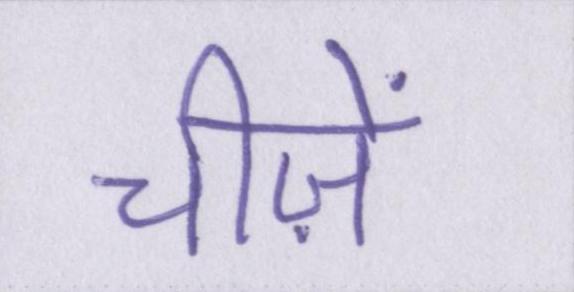
चीज़ें